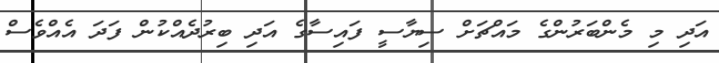
އަދި މި މެންބަރުންގެ މައްޗަށް ސިޔާސީ ފައިސާގެ އަދި ބިރުދެއްކުން ފަދަ އެއްވެސް